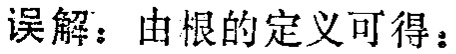
误解：由根的定义可得：